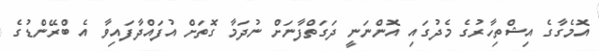
އޮމެގާގެ އިޝްތިހާރުގެ މެދުގައި އޮންނަނީ ދަގަތްފާނަށް ނުދަމާ ގޮތަށް އުފައްދާފައިވާ އެ ބްރޭންޑުގެ